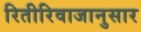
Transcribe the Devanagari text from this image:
रितीरिवाजानुसार